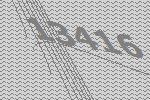
13416